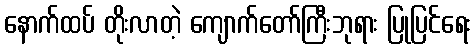
နောက်ထပ် တိုးလာတဲ့ ကျောက်တော်ကြီးဘုရား ပြုပြင်ရေး